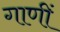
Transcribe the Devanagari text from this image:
गाणीं